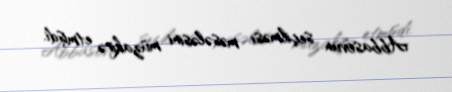
Abbasovun seçilməsi məsələsini müzakirə etmişdi.